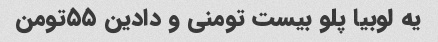
یه لوبیا پلو بیست تومنی و دادین ۵۵تومن